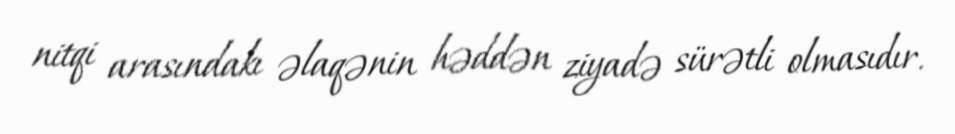
nitqi arasındakı əlaqənin həddən ziyadə sürətli olmasıdır.